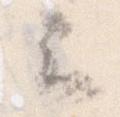
云